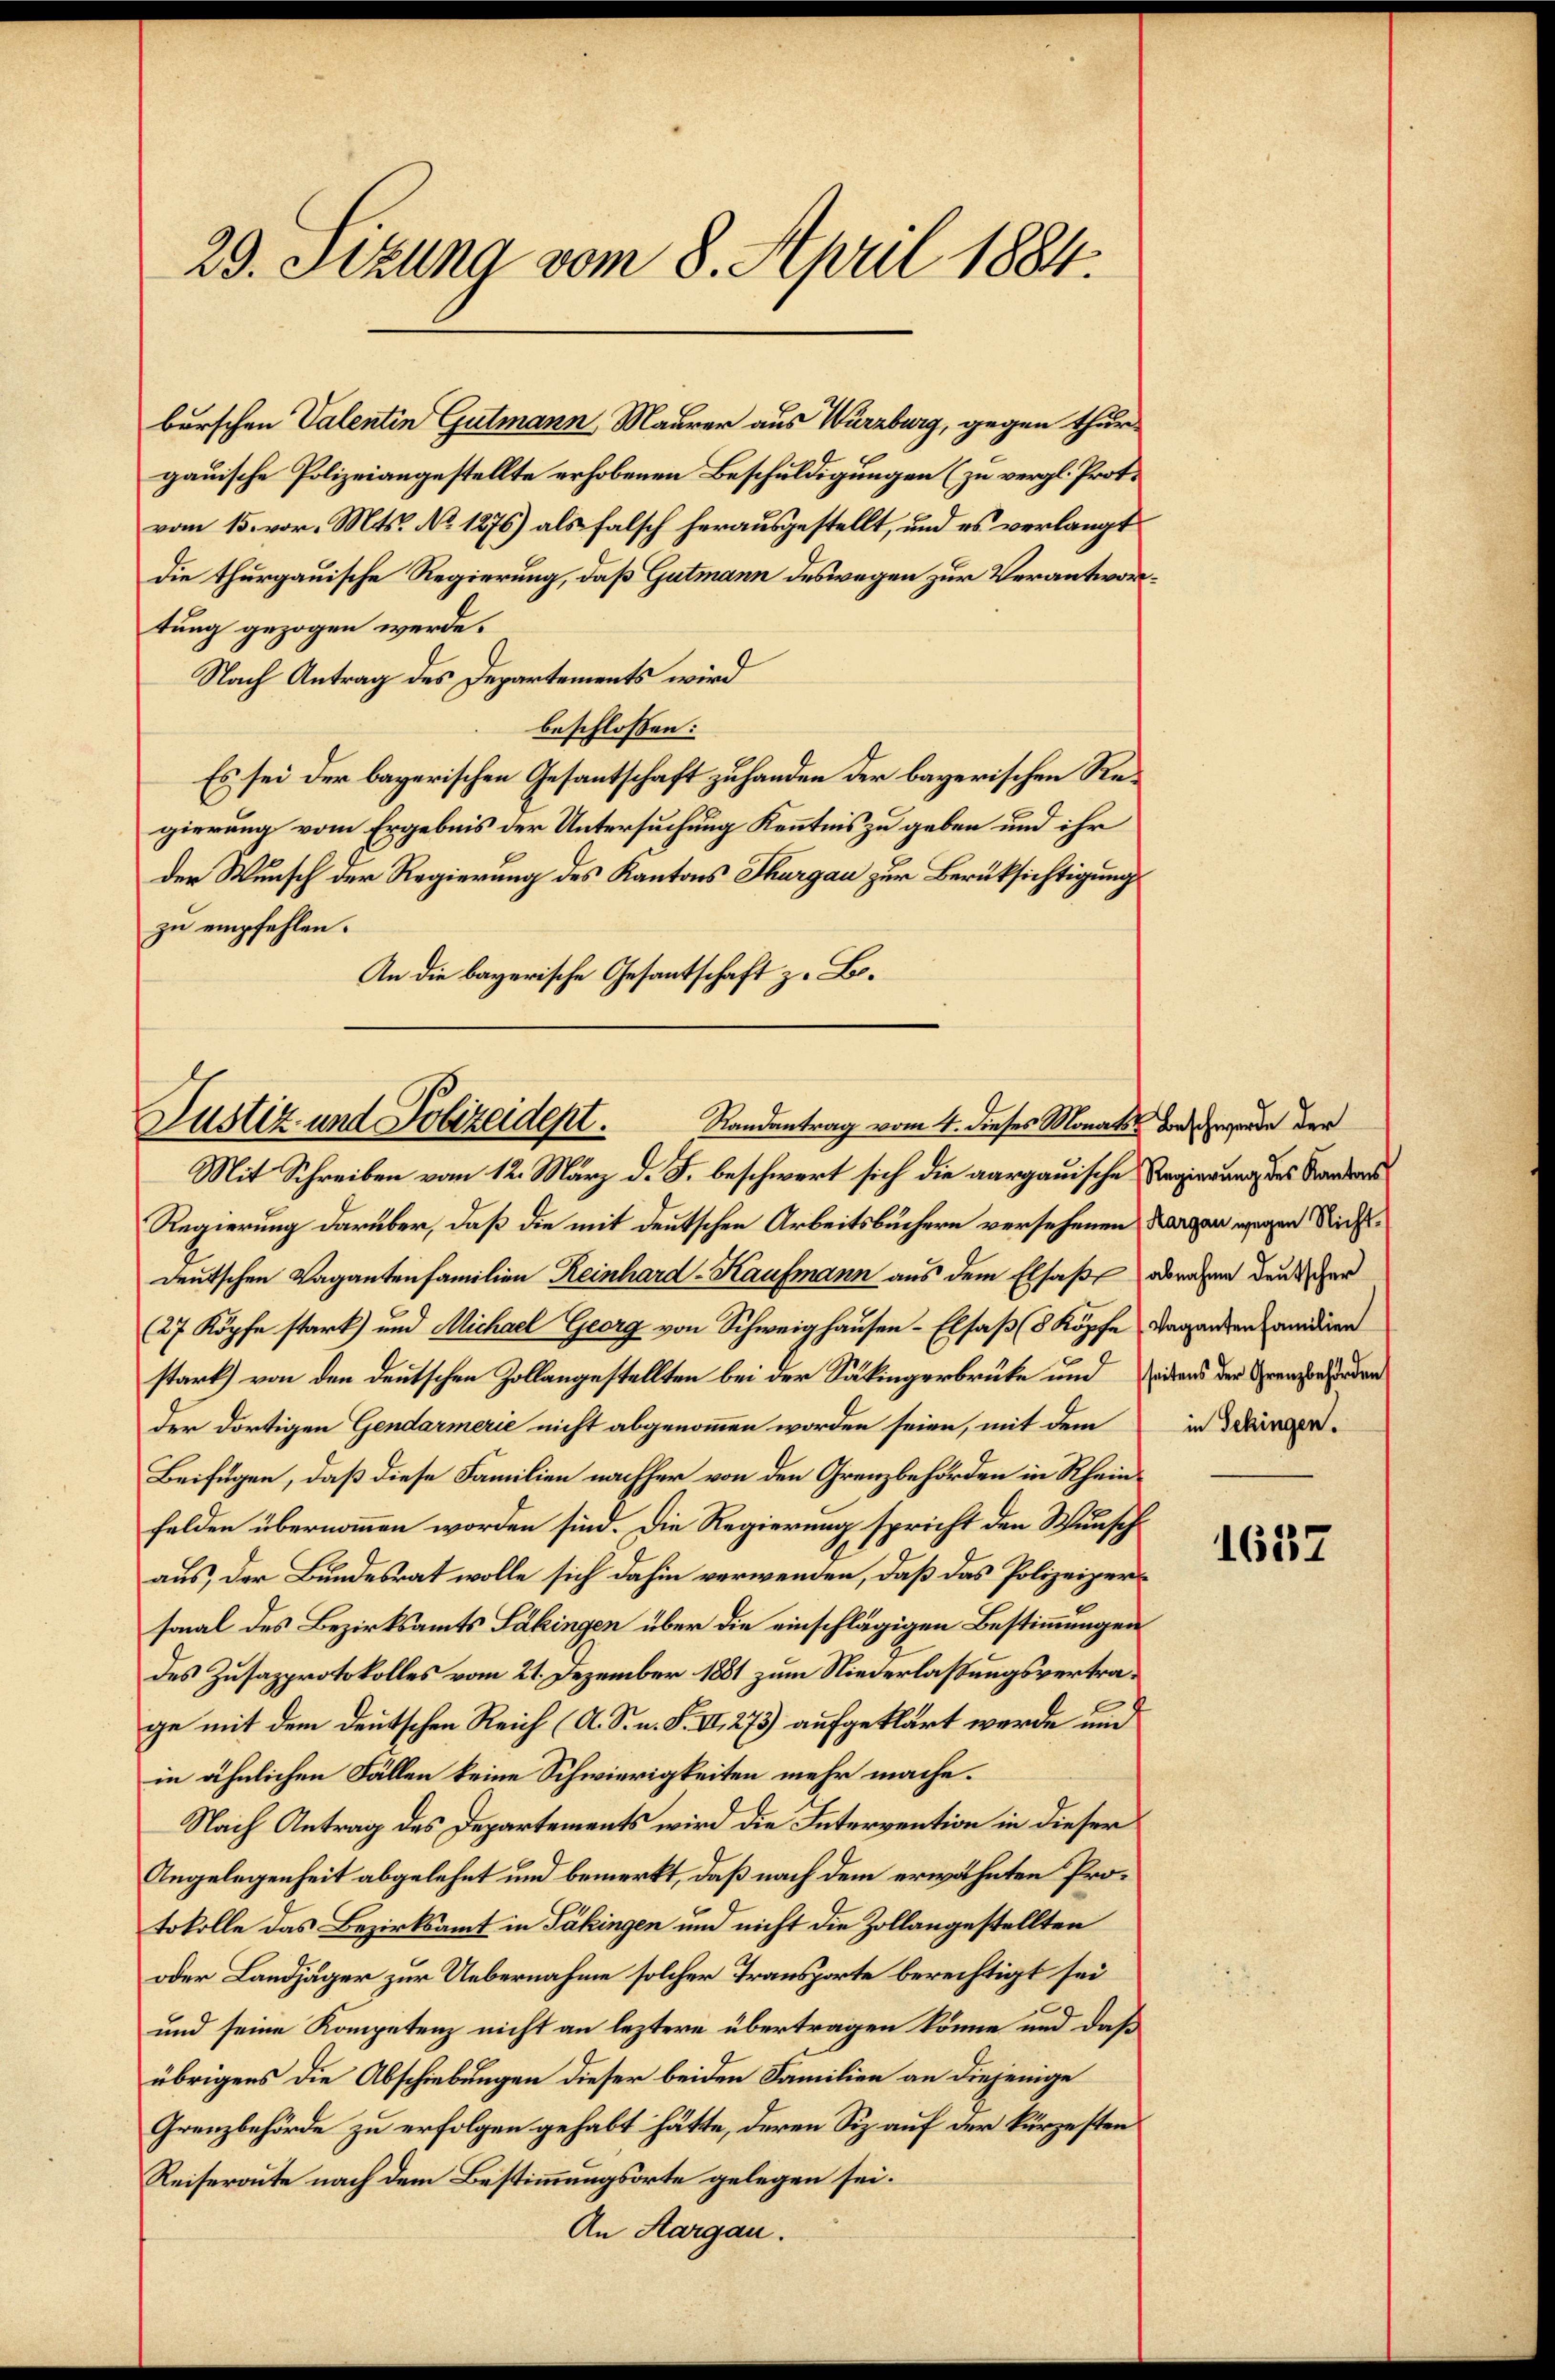
29. Stzung vom 8. April 1884.

burschen Valentin Gutmann, Maurer aus Würzburg, gegen thurgauische Polizeiangestellte erhobenen Beschuldigungen (zu vergl. Proto
vom 15. vor. Mts. No 1276) als falsch herausgestellt, und es verlangt
die thurgauische Regierung, daß Gutmann deswegen zur Verantwortung gezogen werde.
Nach Antrag des Departements wird
beschlossen:
Es sei der bayerischen Gesantschaft zuhanden der bayerischen Regierung vom Ergebnis der Untersuchung Kenntnis zu geben und ihr
den Wunsch der Regierung des Kantons Thurgau zur Berüksichtigung
zu empfehlen.
An die bayerische Gesandtschaft z. Bo¬

Justiz und Polizeidept. Standentrag vom 4. dieses Monats der Gegende der

Mit Schreiben vom 12. März d. J. beschwert sich die aargauische Regierung des Sandar¬
Regierung darüber, daß die mit deutschen Arbeitsbüchern versehenen Bergen wegen Nichtdeutschen Vagantenfamilien Reinhard-Kaufmann aus dem Elsaße oderaben den der
27 Köpfe stark) und Michael Georg von Schweighausen - Elsaß (8 Köpfe Tagenden Candiren
stark) von den deutschen Zollangestellten bei der Säkingerbrüte und vitens der Grenzen den
der dortigen Gendarmerie nicht abgenommen worden seien, mit dem in derger¬
Beifügen, daß diese Familien nachher von den Grenzbehörden in Rheinfelden übernommen worden sind. Die Regierung spricht den Wunsch
aus, der Bundesrat wolle sich dahin verwenden, daß das Polizeizersonal des Bezirksamts Säkingen über die einschlägigen Bestimmungen
des Zusazprotokolles vom 21. Dezember 1881 zum Niederlassungsvertrage mit dem deutschen Reich (A. S. n. F. II. 273) aufgeklärt werde und
in ähnlichen Fällen keine Schwierigkeiten mehr mache.
Nach Antrag des Departements wird die Intervention in dieser
Angelegenheit abgelehnt und bemerkt, daß nach dem erwähnten Protokolle das Bezirksamt in Täkingen und nicht die Zollangestellten
oder Landjäger zur Uebernahme solcher Transporte berechtigt sei
und seine Kompetenz nicht an leztere übertragen könne und daß
übrigens die Abschiebungen dieser beiden Familien an diejenige
Grenzbehörde zu erfolgen gehabt hätte, deren Siz auf der kürzesten
Reiseroute nach dem Bestimmungsorte gelegen sei.
An Aargau.

1637